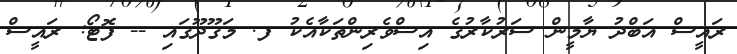
ރައީސް އަބްދު ޔާމީން ސަރުކާރުގެ އިސްވެރިންތަކާއެކު ފ. މަގޫދޫގައި -- ފޮޓޯ: ރައީސް